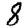
Digit: 8